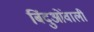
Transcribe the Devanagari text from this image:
बिंदुओंवाली